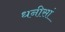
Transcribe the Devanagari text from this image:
धनीसां